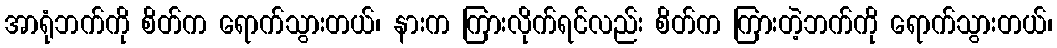
အာရုံဘက်ကို စိတ်က ရောက်သွားတယ်၊ နားက ကြားလိုက်ရင်လည်း စိတ်က ကြားတဲ့ဘက်ကို ရောက်သွားတယ်၊